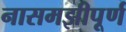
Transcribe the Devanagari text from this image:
नासमझीपूर्ण